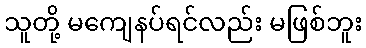
သူတို့ မကျေနပ်ရင်လည်း မဖြစ်ဘူး